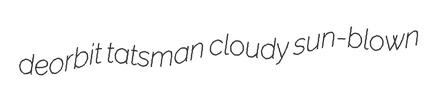
deorbit tatsman cloudy sun-blown